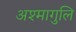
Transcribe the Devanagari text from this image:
अश्मागुलि